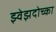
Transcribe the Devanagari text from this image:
झ्वेझदोच्का